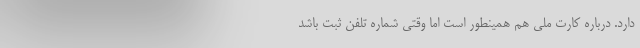
دارد. درباره کارت ملی هم همینطور است اما وقتی شماره تلفن ثبت باشد